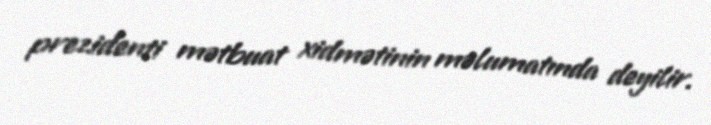
prezidenti mətbuat xidmətinin məlumatında deyilir.